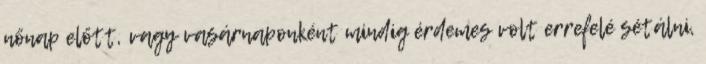
nőnap előtt, vagy vasárnaponként mindig érdemes volt errefelé sétálni,